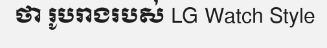
ថា រូបរាងរបស់ LG Watch Style